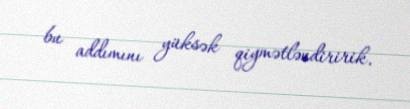
bu addımını yüksək qiymətləndiririk.